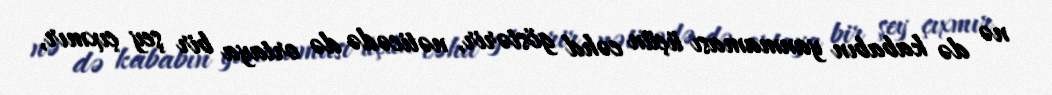
nə də kababın yanmaması üçün cəhd göstərir, nəticədə də ortaya bir şey çıxmır,